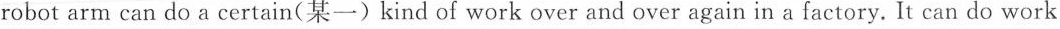
robot arm can do a certain(某一)kind of work over and over again in a factory. It can do work